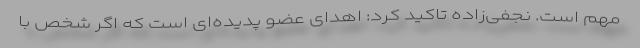
مهم است. نجفی‌زاده تاکید کرد: اهدای عضو پدیده‌ای است که اگر شخص با